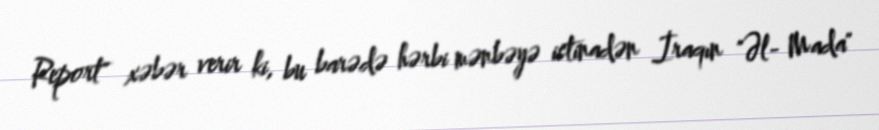
Report" xəbər verir ki, bu barədə hərbi mənbəyə istinadən İraqın "Əl- Mada"